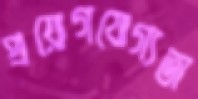
প্রয়োগযোগ্যতা